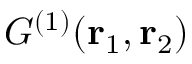
G ^ { ( 1 ) } ( { \bf r } _ { 1 } , { \bf r } _ { 2 } )